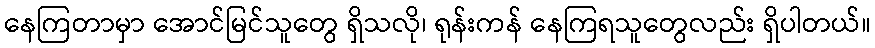
နေကြတာမှာ အောင်မြင်သူတွေ ရှိသလို၊ ရုန်းကန် နေကြရသူတွေလည်း ရှိပါတယ်။